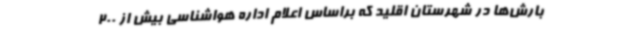
بارش‌ها در شهرستان اقلید که براساس اعلام اداره هواشناسی بیش از 200